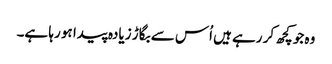
وہ جو کچھ کر رہے ہیں اُس سے بگاڑ زیادہ پیدا ہو رہا ہے۔